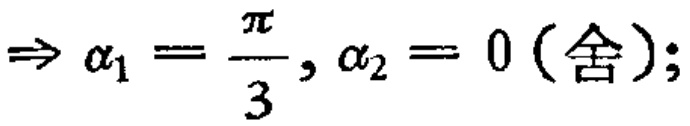
$\Rightarrow \alpha_{1}=\frac{\pi}{3},\alpha_{2}=0 (\text{舍});$